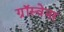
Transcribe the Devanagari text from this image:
ग्रॉस्वेनर